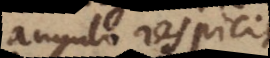
angulo respiciat.